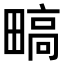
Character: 𬏐